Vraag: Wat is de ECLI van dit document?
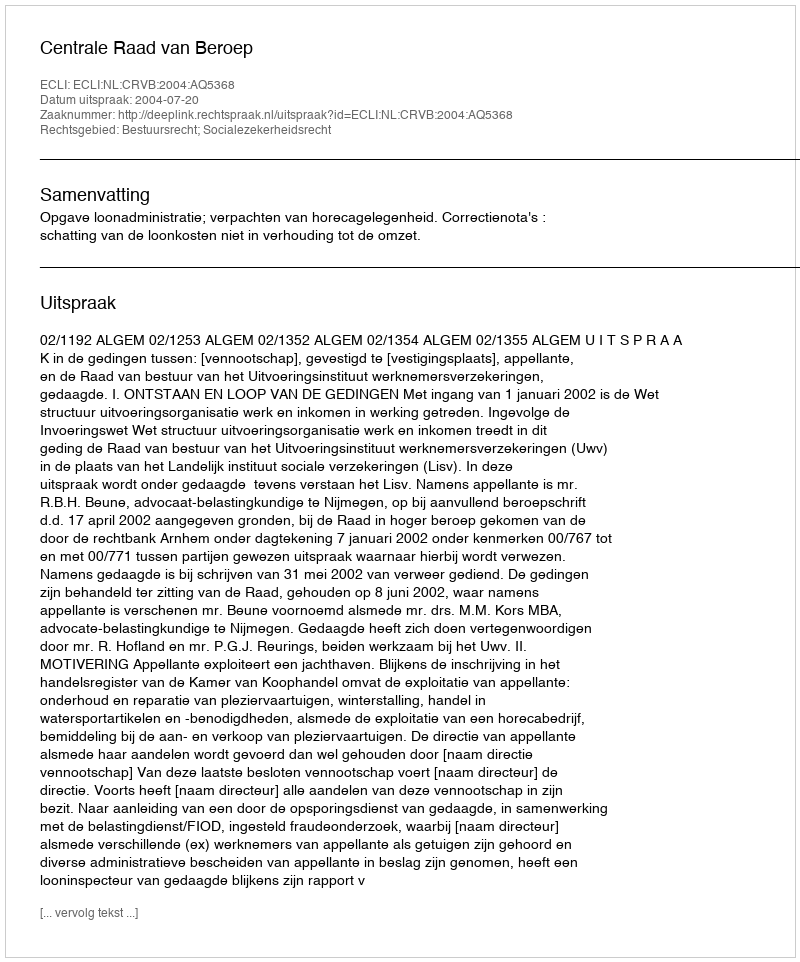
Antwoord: ECLI:NL:CRVB:2004:AQ5368